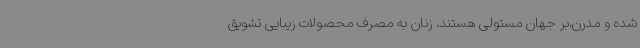
شده و مدرن،بر جهان مستولی هستند، زنان به مصرف محصولات زیبایی تشویق